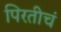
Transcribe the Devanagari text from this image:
पिरतीचं